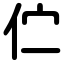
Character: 伫